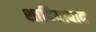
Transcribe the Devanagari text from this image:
शादियाबाद